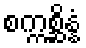
စက္ကစ္ဆိန္နံ